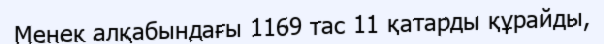
Менек алқабындағы 1169 тас 11 қатарды құрайды,